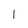
Character: l